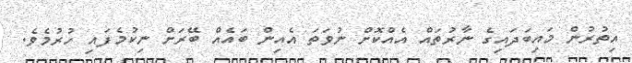
އިތުރުން މައިބަދައިގެ ނާރުތައް އެއްކޮށް ނުވަތަ އެއިން ބައެއް ބޭރަށް ނިކުމެފައި ހުރުމެވެ.